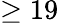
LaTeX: \geq 19